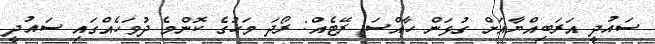
ސައުދީ އަރަބިއްޔާއަށް ގުޅަން ހާއްސަ ރޭޓެއް: ރޯދަ މަހުގެ ކޮންމެ ދުވަހެއްގައި ސައުދީ